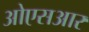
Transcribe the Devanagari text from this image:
ओएसआर